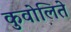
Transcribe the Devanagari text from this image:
कुवोलिते